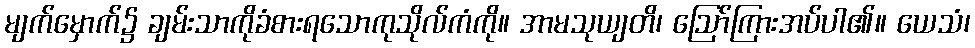
မျက်မှောက်၌ ချမ်းသာကိုခံစားရသောကုသိုလ်ကံကို။ အာမသုယျတိ၊ ဩော်ကြားအပ်ပါ၏။ ယေသံ၊